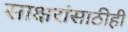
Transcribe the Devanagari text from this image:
साक्षरांसाठीही